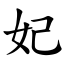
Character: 妃